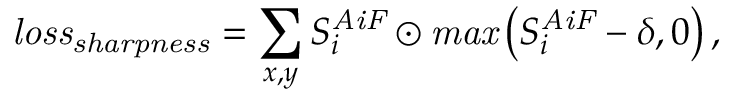
\mathit { l o s s } _ { \mathit { s h a r p n e s s } } = \sum _ { x , y } S _ { i } ^ { \mathit { A i F } } \odot \mathit { m a x } \left( S _ { i } ^ { \mathit { A i F } } - \delta , 0 \right) ,